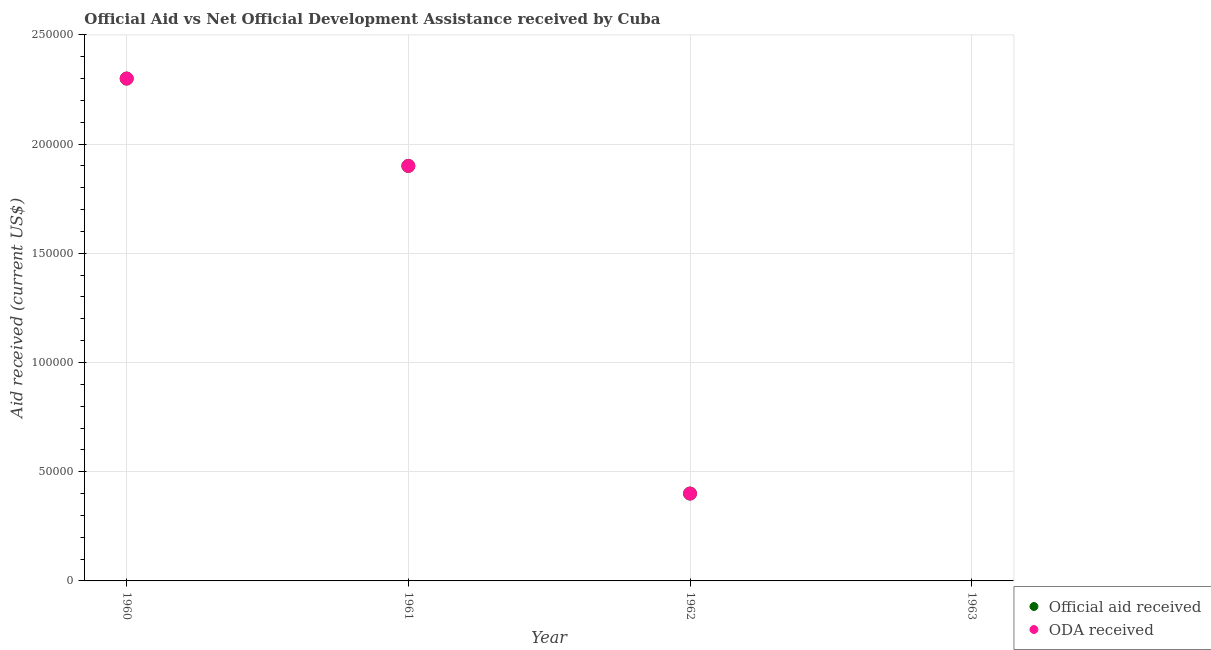
| Year | Official aid received | ODA received |
 | --- | --- | --- |
 | 1960 | 2.3e+05 | 2.3e+05 |
 | 1961 | 1.9e+05 | 1.9e+05 |
 | 1962 | 4e+04 | 4e+04 |
 | 1963 | -1.7e+05 | -1.7e+05 |